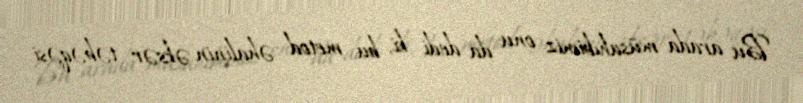
Bu arada müsahibimiz onu da dedi ki, bu metod əhalinin əksər təbəqəsi